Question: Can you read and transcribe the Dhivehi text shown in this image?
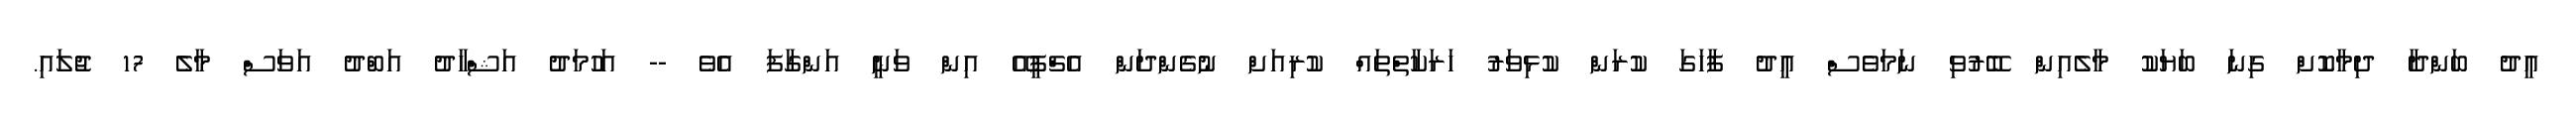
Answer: އީދު ބަންދާ ދިމާކޮށް ގިނަ ބަޔަކު މާލެއިން ބޭރުވި ނަމަވެސް އީދު ފާހަގަ ކުރަން ކުޅިވަރު ހަރަކާތްތައް ކުރިއަށް ނުގެންދަން އެޗްޕީއޭ އިން ވަނީ އަންގާފަ އެވެ -- އަހުމަދު އަޝްހާދު އަބްދު އަވަސް މާލެ 17 ޖުލައި.